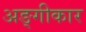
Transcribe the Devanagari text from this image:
अङ्गीकार